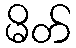
မိတ်